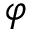
\varphi